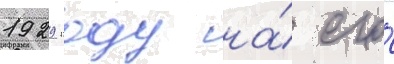
1929 году на́ его́